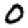
Digit: 0